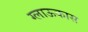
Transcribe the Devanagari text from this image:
ग्लाऊकास